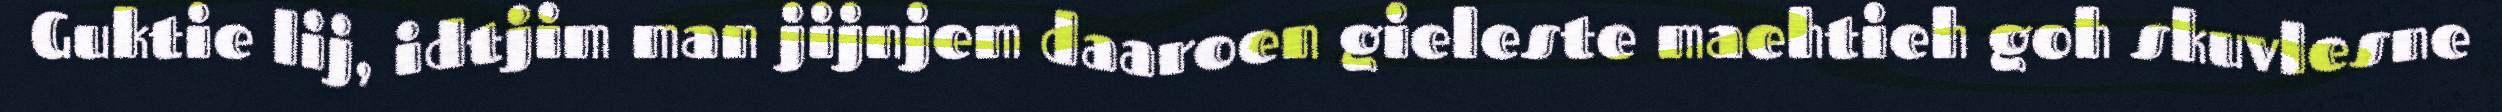
Guktie lij, idtjim man jijnjem daaroen gieleste maehtieh goh skuvlesne